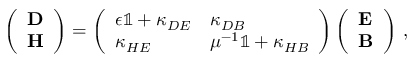
\left( \begin{array} { l } { \mathbf { D } } \\ { \mathbf { H } } \end{array} \right) = \left( \begin{array} { l l } { \epsilon \mathbb { 1 } + \kappa _ { D E } } & { \kappa _ { D B } } \\ { \kappa _ { H E } } & { { \mu } ^ { - 1 } \mathbb { 1 } + \kappa _ { H B } } \end{array} \right) \left( \begin{array} { l } { \mathbf { E } } \\ { \mathbf { B } } \end{array} \right) \, ,